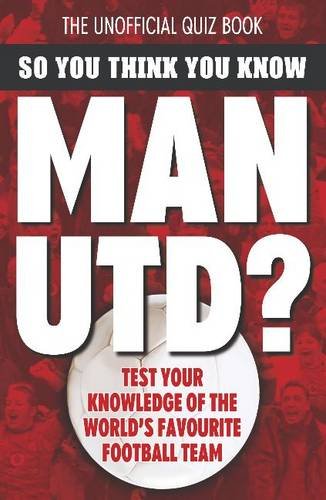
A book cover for So You Think You Know Manchester United; Clive Gifford; Teen & Young Adult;